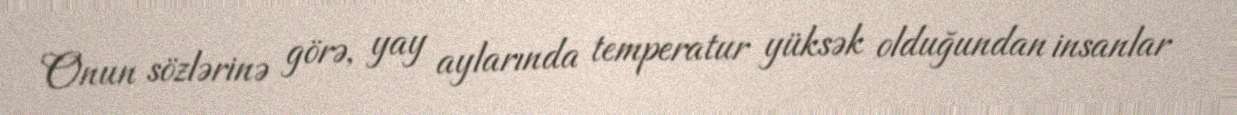
Onun sözlərinə görə, yay aylarında temperatur yüksək olduğundan insanlar